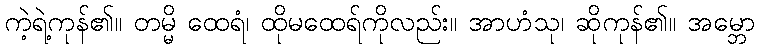
ကဲ့ရဲ့ကုန်၏။ တမ္မိ ထေရံ၊ ထိုမထေရ်ကိုလည်း။ အာဟံသု၊ ဆိုကုန်၏။ အမ္ဘော